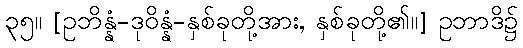
၃၅။ [ဥဘိန္နံ-ဒုဝိန္နံ-နှစ်ခုတို့အား, နှစ်ခုတို့၏။] ဥဘာဒိ၌